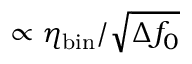
\propto \eta _ { \mathrm { b i n } } / \sqrt { \Delta f _ { 0 } }